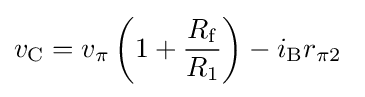
v_{\mathrm {C} }=v_{\pi }\left(1+{\frac {R_{\mathrm {f} }}{R_{1}}}\right)-i_{\mathrm {B} }r_{\pi 2}\